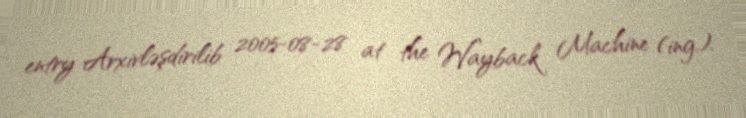
entry Arxivləşdirilib 2005-08-28 at the Wayback Machine (ing.).